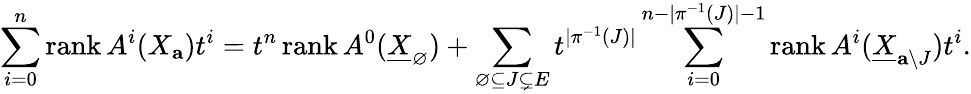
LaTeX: \sum_{i=0}^{n}\operatorname{rank}A^{i}(X_{\textbf{a}})t^{i}=t^{n}\operatorname{rank}A^{0}(\underline{{X}}_{\varnothing})+\sum_{\varnothing\subseteq J\subsetneq E}t^{|\pi^{-1}(J)|}\sum_{i=0}^{n-|\pi^{-1}(J)|-1}\operatorname{rank}A^{i}(\underline{X}_{\textbf{a}\setminus J})t^{i}.